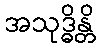
အသုဒ္ဓိန္တိ